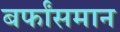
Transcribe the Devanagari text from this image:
बर्फांसमान